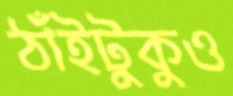
ঠাঁইটুকুও